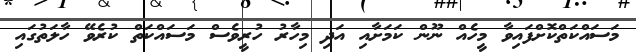
މަސައްކަތްކޮށްފައިވާ މީހެއް ނޫން ކަމަށާއި އަދި މިހާރު ހުރީވެސް މަސައްކަތް ކުރެވޭ ހާލަތުގައި